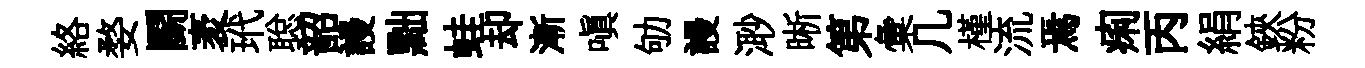
絡婺鬬袤玳聪韶謾黜蛙却漸嗔劬謾𣺌晰第彙几槿流焉痢丙絹鋏粉